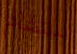
ستقام